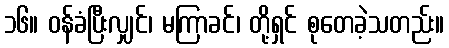
၁၆။ ဝန်ခံပြီးလျှင်၊ မကြာခင်၊ တို့ရှင် စုတေခဲ့သတည်း။